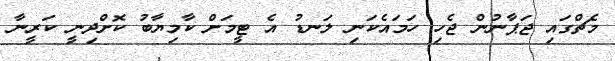
މެޗްގައި ޖަޕާނުން ޖެހި ހަމައެކަނި ލަނޑު އެ ޓީމަށް ކާމިޔާބު ކޮށްދިނީ ކަރީނާ